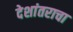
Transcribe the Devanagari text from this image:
देशांतराचा